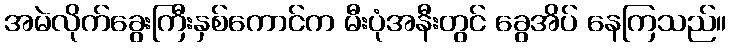
အမဲလိုက်ခွေးကြီးနှစ်ကောင်က မီးပုံအနီးတွင် ခွေအိပ် နေကြသည်။